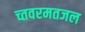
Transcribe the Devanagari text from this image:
च्तवरमतजल